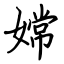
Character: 嫦